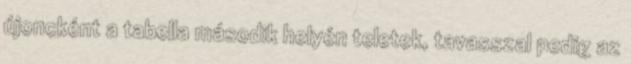
újoncként a tabella második helyén teletek, tavasszal pedig az